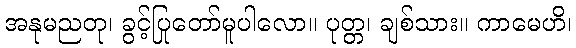
အနုမညတု၊ ခွင့်ပြုတော်မူပါလော။ ပုတ္တ၊ ချစ်သား။ ကာမေဟိ၊